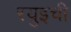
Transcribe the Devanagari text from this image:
रयुइची